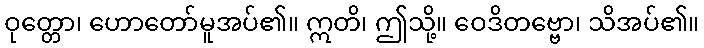
ဝုတ္တော၊ ဟောတော်မူအပ်၏။ ဣတိ၊ ဤသို့။ ဝေဒိတဗ္ဗော၊ သိအပ်၏။